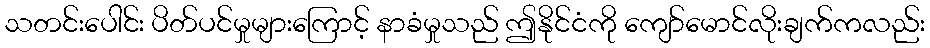
သတင်းပေါင်း ပိတ်ပင်မှုများကြောင့် နာခံမှုသည် ဤနိုင်ငံကို ကျော်မောင်လိုးချက်ကလည်း